Report of the Imperial Institute of Veterinary Research, Muktesar
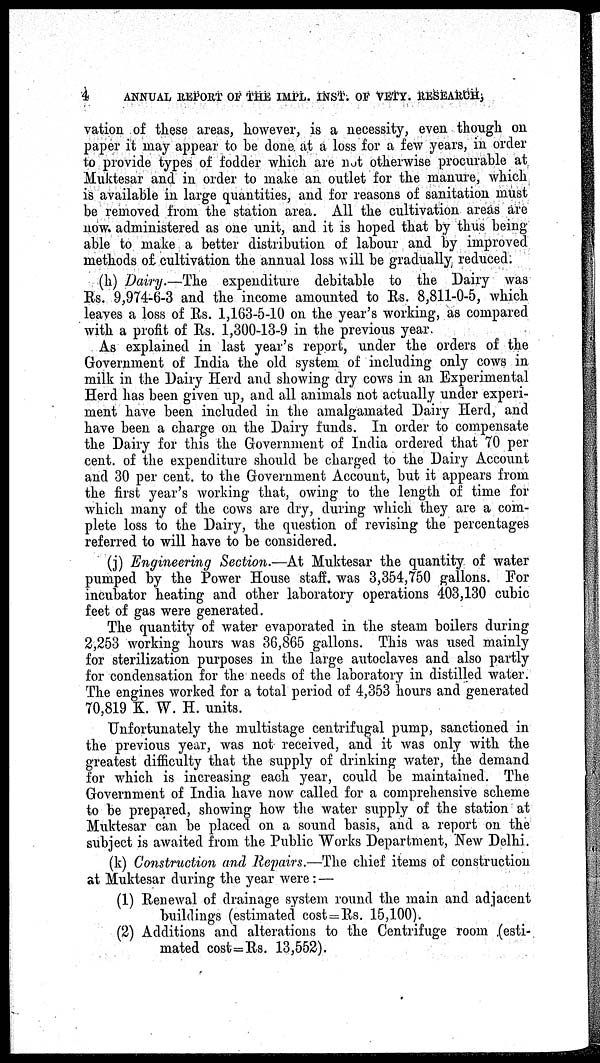
4
ANNUAL REPORT OF THE IMPL. INST. OF VETY. RESEARCH,
vation of these areas, however, is a necessity, even though on
paper it may appear to be done at a loss for a few years, in order
to provide types of fodder which are not otherwise procurable at
Muktesar and in order to make an outlet for the manure, which
is available in large quantities, and for reasons of sanitation must
be removed from the station area. All the cultivation areas are
now. administered as one unit, and it is hoped that by thus being
able to make a better distribution of labour and by improved
methods of cultivation the annual loss will be gradually reduced.
(h) Dairy.—The expenditure debitable to the Dairy was
Rs. 9,974-6-3 and the income amounted to Rs. 8,811-0-5, which
leaves a loss of Rs. 1,163-5-10 on the year's working, as compared
with a profit of Rs. 1,300-13-9 in the previous year.
As explained in last year's report, under the orders of the
Government of India the old system of including only cows in
milk in the Dairy Herd and showing dry cows in an Experimental
Herd has been given up, and all animals not actually under experi-
ment have been included in the amalgamated Dairy Herd, and
have been a charge on the Dairy funds. In order to compensate
the Dairy for this the Government of India ordered that 70 per
cent. of the expenditure should be charged to the Dairy Account
and 30 per cent. to the Government Account, but it appears from
the first year's working that, owing to the length of time for
which many of the cows are dry, during which they are a com-
plete loss to the Dairy, the question of revising the percentages
referred to will have to be considered.
(j) Engineering Section.—At Muktesar the quantity of water
pumped by the Power House staff. was 3,354,750 gallons. For
incubator heating and other laboratory operations 403,130 cubic
feet of gas were generated.
The quantity of water evaporated in the steam boilers during
2,253 working hours was 36,865 gallons. This was used mainly
for sterilization purposes in the large autoclaves and also partly
for condensation for the needs of the laboratory in distilled water.
The engines worked for a total period of 4,353 hours and generated
70,819 K. W. H. units.
Unfortunately the multistage centrifugal pump, sanctioned in
the previous year, was not received, and it was only with the
greatest difficulty that the supply of drinking water, the demand
for which is increasing each year, could be maintained. The
Government of India have now called for a comprehensive scheme
to be prepared, showing how the water supply of the station at
Muktesar can be placed on a sound basis, and a report on the
subject is awaited from the Public Works Department, New Delhi.
(k) Construction and Repairs.—The chief items of construction
at Muktesar during the year were : —
(1) Renewal of drainage system round the main and adjacent
buildings (estimated cost = Rs. 15,100).
(2) Additions and alterations to the Centrifuge room (esti-
mated cost=Rs. 13,552).